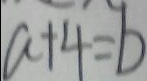
a + 4 = b